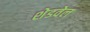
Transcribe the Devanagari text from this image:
शेडवेल